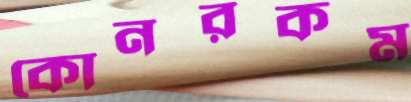
কোনরকম